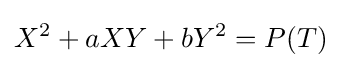
X^{2}+aXY+bY^{2}=P(T)